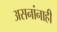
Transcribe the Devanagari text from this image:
असनांनाही